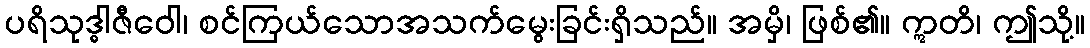
ပရိသုဒ္ဓါဇီဝေါ၊ စင်ကြယ်သောအသက်မွေးခြင်းရှိသည်။ အမှိ၊ ဖြစ်၏။ ဣတိ၊ ဤသို့။